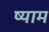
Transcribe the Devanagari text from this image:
ष्याम